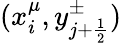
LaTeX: (x_{i}^{\mu},y_{j+\frac{1}{2}}^{\pm})